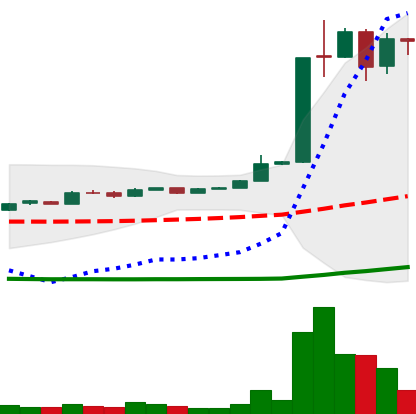
Ticker: LTC-USD
Chart end date: 2015-06-21
Forward return: -5.364%
Label: down_5_7